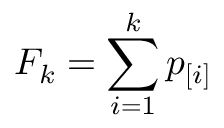
F _ { k } = \sum _ { i = 1 } ^ { k } p _ { [ i ] }